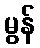
မွန်